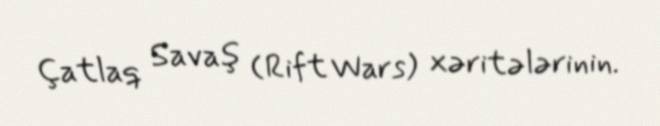
Çatlaq Savaş (Rift Wars) xəritələrinin.